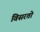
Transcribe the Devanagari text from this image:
विसरतो